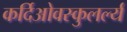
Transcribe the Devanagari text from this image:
कर्दिओवस्कुलर्ल्य